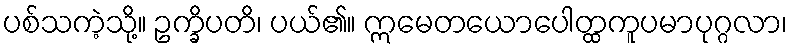
ပစ်သကဲ့သို့။ ဥက္ခိပတိ၊ ပယ်၏။ ဣမေတယောပေါတ္ထကူပမာပုဂ္ဂလာ၊